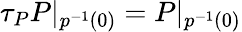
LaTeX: \tau_{P}P|_{p^{-1}(0)}=P|_{p^{-1}(0)}